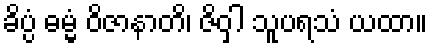
ခိပ္ပံ ဓမ္မံ ဝိဇာနာတိ၊ ဇိဝှါ သူပရသံ ယထာ။